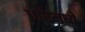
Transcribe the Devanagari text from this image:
धारेमध्ये